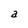
Character: a